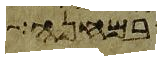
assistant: במחנה